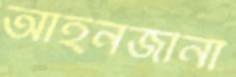
আইনজীনী